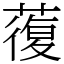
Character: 蕧